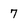
Character: 7